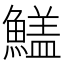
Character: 𩺻